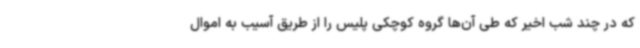
که در چند شب اخیر که طی آن‌ها گروه کوچکی پلیس را از طریق آسیب به اموال